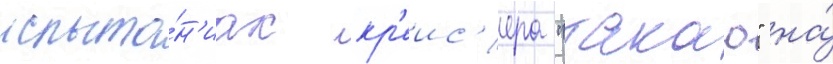
испыта́н'иах кр'еис'ера "такао" на́